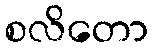
စလိတော